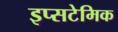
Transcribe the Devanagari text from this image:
इप्सटेमिक